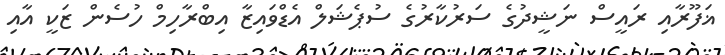
ޣަފޫރާއި ރައީސް ނަޝީދުގެ ސަރުކާރުގެ ސުޕެޝަލް އެޑްވައިޒާ އިބްރާހިމް ހުސެން ޒަކީ އާއި